Account of plague administration in the Bombay Presidency from September 1896 till May 1897
Year: 1896
Disease focus: Plague
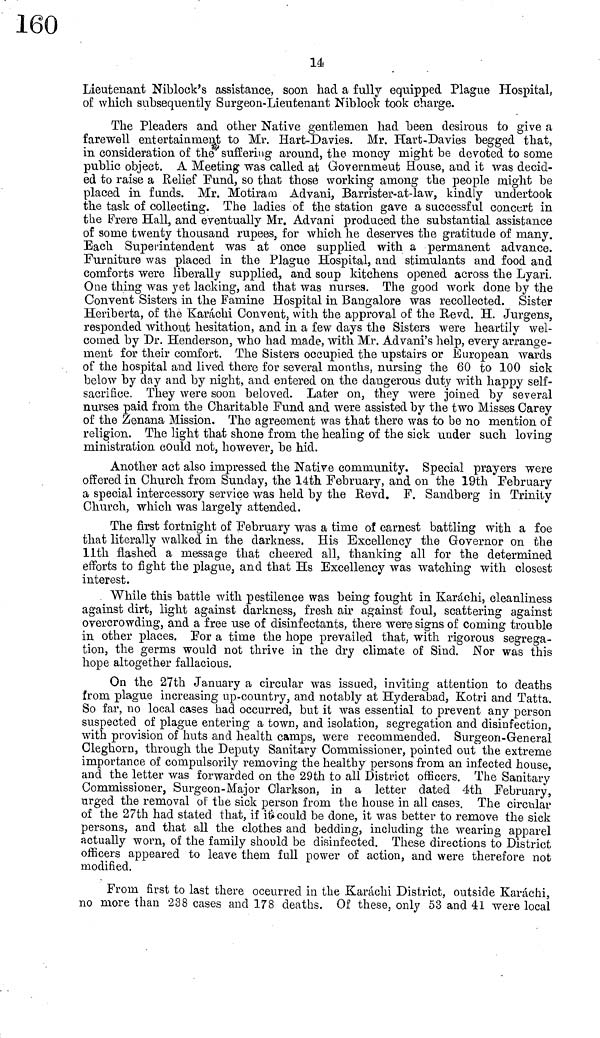
14
Lieutenant Niblock's assistance, soon had a fully equipped Plague Hospital,
of which subsequently Surgeon-Lieutenant Niblock took charge.
The Pleaders and other Native gentlemen had been desirous to give a
farewell entertainment to Mr. Hart-Davies. Mr. Hart-Davies begged that,
in consideration of the suffering around, the money might be devoted to some
public object. A Meeting was called at Government House, and it was decid-
ed to raise a Relief Fund, so that those working among the people might be
placed in funds. Mr. Motiram Advani, Barrister-at-law, kindly undertook
the task of collecting. The ladies of the station gave a successful concert in
the Frere Hall, and eventually Mr. Advani produced the substantial assistance
of some twenty thousand rupees, for which he deserves the gratitude of many.
Each Superi nt endent
was at once supplied with a permanent advance.
Furniture was placed in the Plague Hospital, and stimulants and food and
comforts were liberally supplied, and soup kitchens opened across the Lyari.
One thing was .yet lacking, and that was nurses. The good work done by the
Convent Sisters in the Famine Hospital in Bangalore was recollected. Sister
Heriberta, of the Karachi Convent, with the approval of the Revd. H. Jürgens,
responded without hesitation, and in a few days the Sisters were heartily wel-
comed by Dr. Henderson, who had made, with Mr. Advani's help, every arrange-
ment for their comfort. The Sisters occupied the upstairs or European wards
of the hospital and lived there for several months, nursing the 60 to 100 sick
below by day and by night, and entered on the dangerous duty with happy self-
sacrifice. They were soon beloved. Later on, they were joined by several
nurses paid from the Charitable Fund and were assisted by the two Misses Carey
of the Zenana Mission. The agreement was that there was to be no mention of
religion. The light that shone from the healing of the sick under such loving
ministration could not, however, be hid.
Another act also impressed the Native community. Special prayers were
offered in Church from Sunday, the 14th February, and on the 19th February
a special intercessory service was held by the Revd. F. Sandberg in Trinity
Church, which was largely attended.
The first fortnight of February was a time of earnest battling with a foe
that literally walked in the darkness. His Excellency the Governor on the
llth flashed a message that cheered all, thanking all for the determined
efforts to fight the plague, and that Hs Excellency was watching with closest
interest.
While this battle with pestilence was being fought in Karachi, cleanliness
against dirt, light against darkness, fresh air against foul, scattering against
overcrowding, and a free use of disinfectants, there were signs of coming trouble
in other places. For a time the hope prevailed that, with rigorous segrega-
tion, the germs would not thrive in the dry climate of Sind. Nor was this
hope altogether fallacious.
On the 27th January a circular was issued, inviting attention to deaths
from plague increasing up-country, and notably at Hyderabad, Kotri and Tatta.
So far, no local cases had occurred, but it was essential to prevent any person
suspected of plague entering a town, and isolation, segregation and disinfection,
with provision of huts and health camps, were recommended. Surgeon-General
Cleghorn, through the Deputy Sanitary Commissioner, pointed out the extreme
importance of compulsorily removing the healthy persons from an infected house,
and the letter was forwarded on the 29th to all District officers. The Sanitary
Commissioner, Surgeon-Major Clarkson, in a letter dated 4th February,
urged the removal of : the sick person from the house in all cases. The circular
of the 27th had stated that, if it could be done, it was better to remove the sick
persons, and that all the clothes and bedding, including the wearing apparel
actually worn, of the family should be disinfected. These directions to District
officers appeared to leave them full power of action, and were therefore not
modified.
From first to last there occurred in the Karachi District, outside Karachi,
no more than 238 cases and 178 deaths. Of these, only 53 and 41 were local